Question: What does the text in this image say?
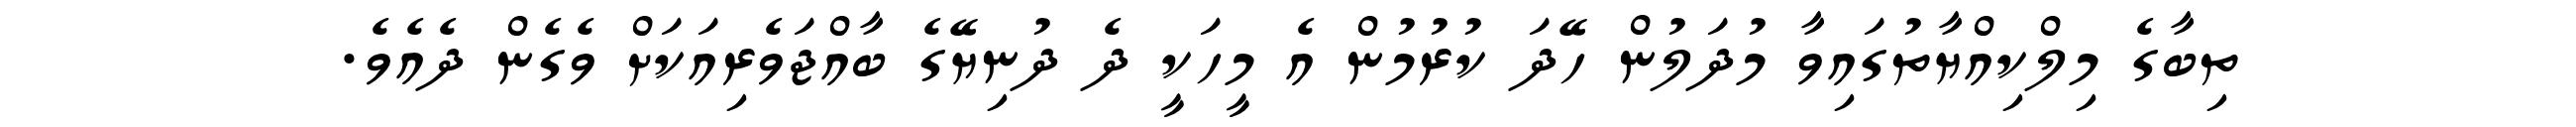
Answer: ތިބާގެ މިލްކިއްޔާތުގައިވާ މުދަލުން ހޭދަ ކުރުމުން އެ މީހަކީ ދެ ދުނިޔޭގެ ބާއްޖަވެރިއަކަށް ވެގެން ދެއެވެ.